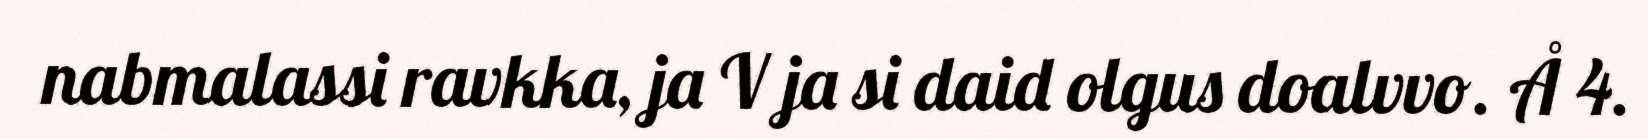
nabmalassi ravkka, ja V ja si daid olgus doalvvo. Å 4.